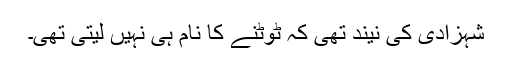
شہزادی کی نیند تھی کہ ٹوٹنے کا نام ہی نہیں لیتی تھی۔